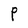
Character: P